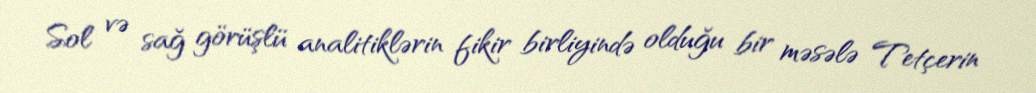
Sol və sağ görüşlü analitiklərin fikir birliyində olduğu bir məsələ Tetçerin